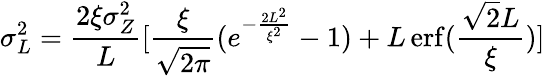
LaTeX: \sigma_{L}^{2}=\frac{2\xi\sigma_{Z}^{2}}{L}[\frac{\xi}{\sqrt{2\pi}}(e^{-\frac{2L^{2}}{\xi^{2}}}-1)+L\operatorname{erf}(\frac{\sqrt{2}L}{\xi})]